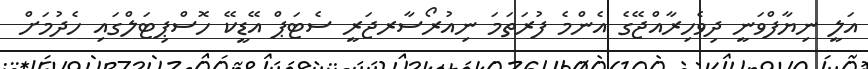
އަލީ ނިޔާފްވަނީ ދިވެހިރާއްޖޭގެ އެންމެ ފުރަތަމަ ނިއުރޯސާރޖަރީ ސެޓަޕް އޭޑީކޭ ހޮސްޕިޓަލްގައި ހެދުމަށް